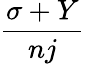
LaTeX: \frac{\sigma+Y}{nj}